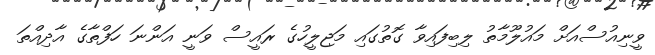
ވީނިއުސްއަށް މައުލޫމާތު ލިބިފައިވާ ގޮތުގައި މަޖިލީހުގެ ރައީސް ވަނީ އަންނަ ހަފްތާގެ އާދިއްތަ